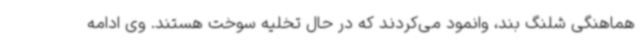
هماهنگی شلنگ بند، وانمود می‌کردند که در حال تخلیه سوخت هستند. وی ادامه